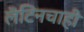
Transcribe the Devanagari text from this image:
लॅटिनचाही